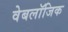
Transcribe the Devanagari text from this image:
वेबलॉजिक